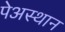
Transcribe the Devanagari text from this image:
पेअस्थान